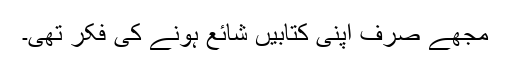
مجھے صرف اپنی کتابیں شائع ہونے کی فکر تھی۔